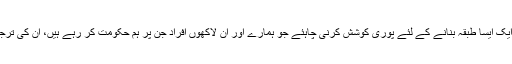
“ہمیں اس وقت ایک ایسا طبقہ بنانے کے لئے پوری کوشش کرنی چاہئے جو ہمارے اور ان لاکھوں افراد جن پر ہم حکومت کر رہے ہیں، ان کی ترجمانی کر سکے۔